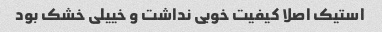
استیک اصلا کیفیت خوبی نداشت و خییلی خشک بود